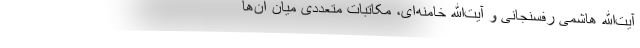
آیت‌الله هاشمی رفسنجانی و آیت‌الله خامنه‌ای، مکاتبات متعددی میان آن‌ها